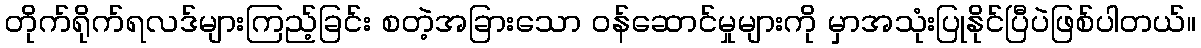
တိုက်ရိုက်ရလဒ်များကြည့်ခြင်း စတဲ့အခြားသော ဝန်ဆောင်မှုများကို မှာအသုံးပြုနိုင်ပြီပဲဖြစ်ပါတယ်။